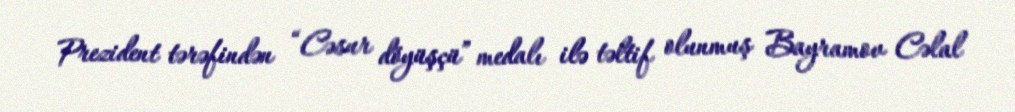
Prezident tərəfindən “Cəsur döyüşçü” medalı ilə təltif olunmuş Bayramov Cəlal